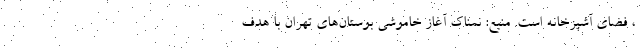
، فضای آشپزخانه است. منبع: نمناک آغاز خاموشی بوستان‌های تهران با هدف